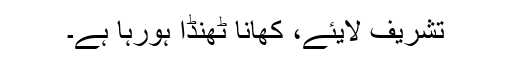
تشریف لایئے، کھانا ٹھنڈا ہورہا ہے۔